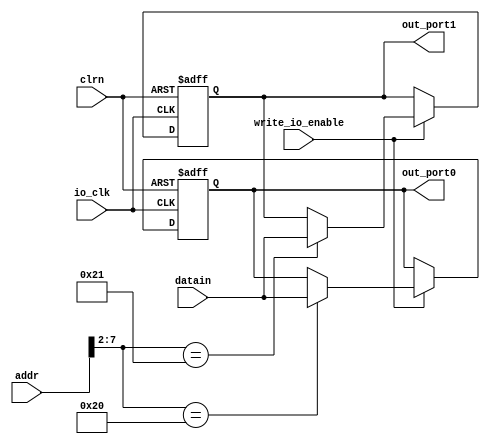
module io_output_reg (addr,datain,write_io_enable,io_clk,clrn,out_port0,out_port1 );
	input [31:0] addr,datain;
	input write_io_enable,io_clk;
	input clrn;
	//reset signal. if necessary,can use this signal to reset the output to 0.
	output [31:0] out_port0,out_port1;
	reg [31:0] out_port0; // output port0
	reg [31:0] out_port1; // output port1

	always @(posedge io_clk or negedge clrn)
	begin
		if (clrn == 0)
		begin // reset
		out_port0 <=0;
		out_port1 <=0; // reset all the output port to 0.
	end
	else
		begin
		if (write_io_enable == 1)
		case (addr[7:2])
		6'b100000: out_port0 <= datain; // 80h
		6'b100001: out_port1 <= datain; // 84h
		// more ports
		endcase
		end
	end
endmodule